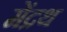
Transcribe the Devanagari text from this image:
मेंद्रथ